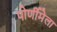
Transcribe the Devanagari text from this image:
पोर्णीमेला